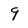
Character: 9